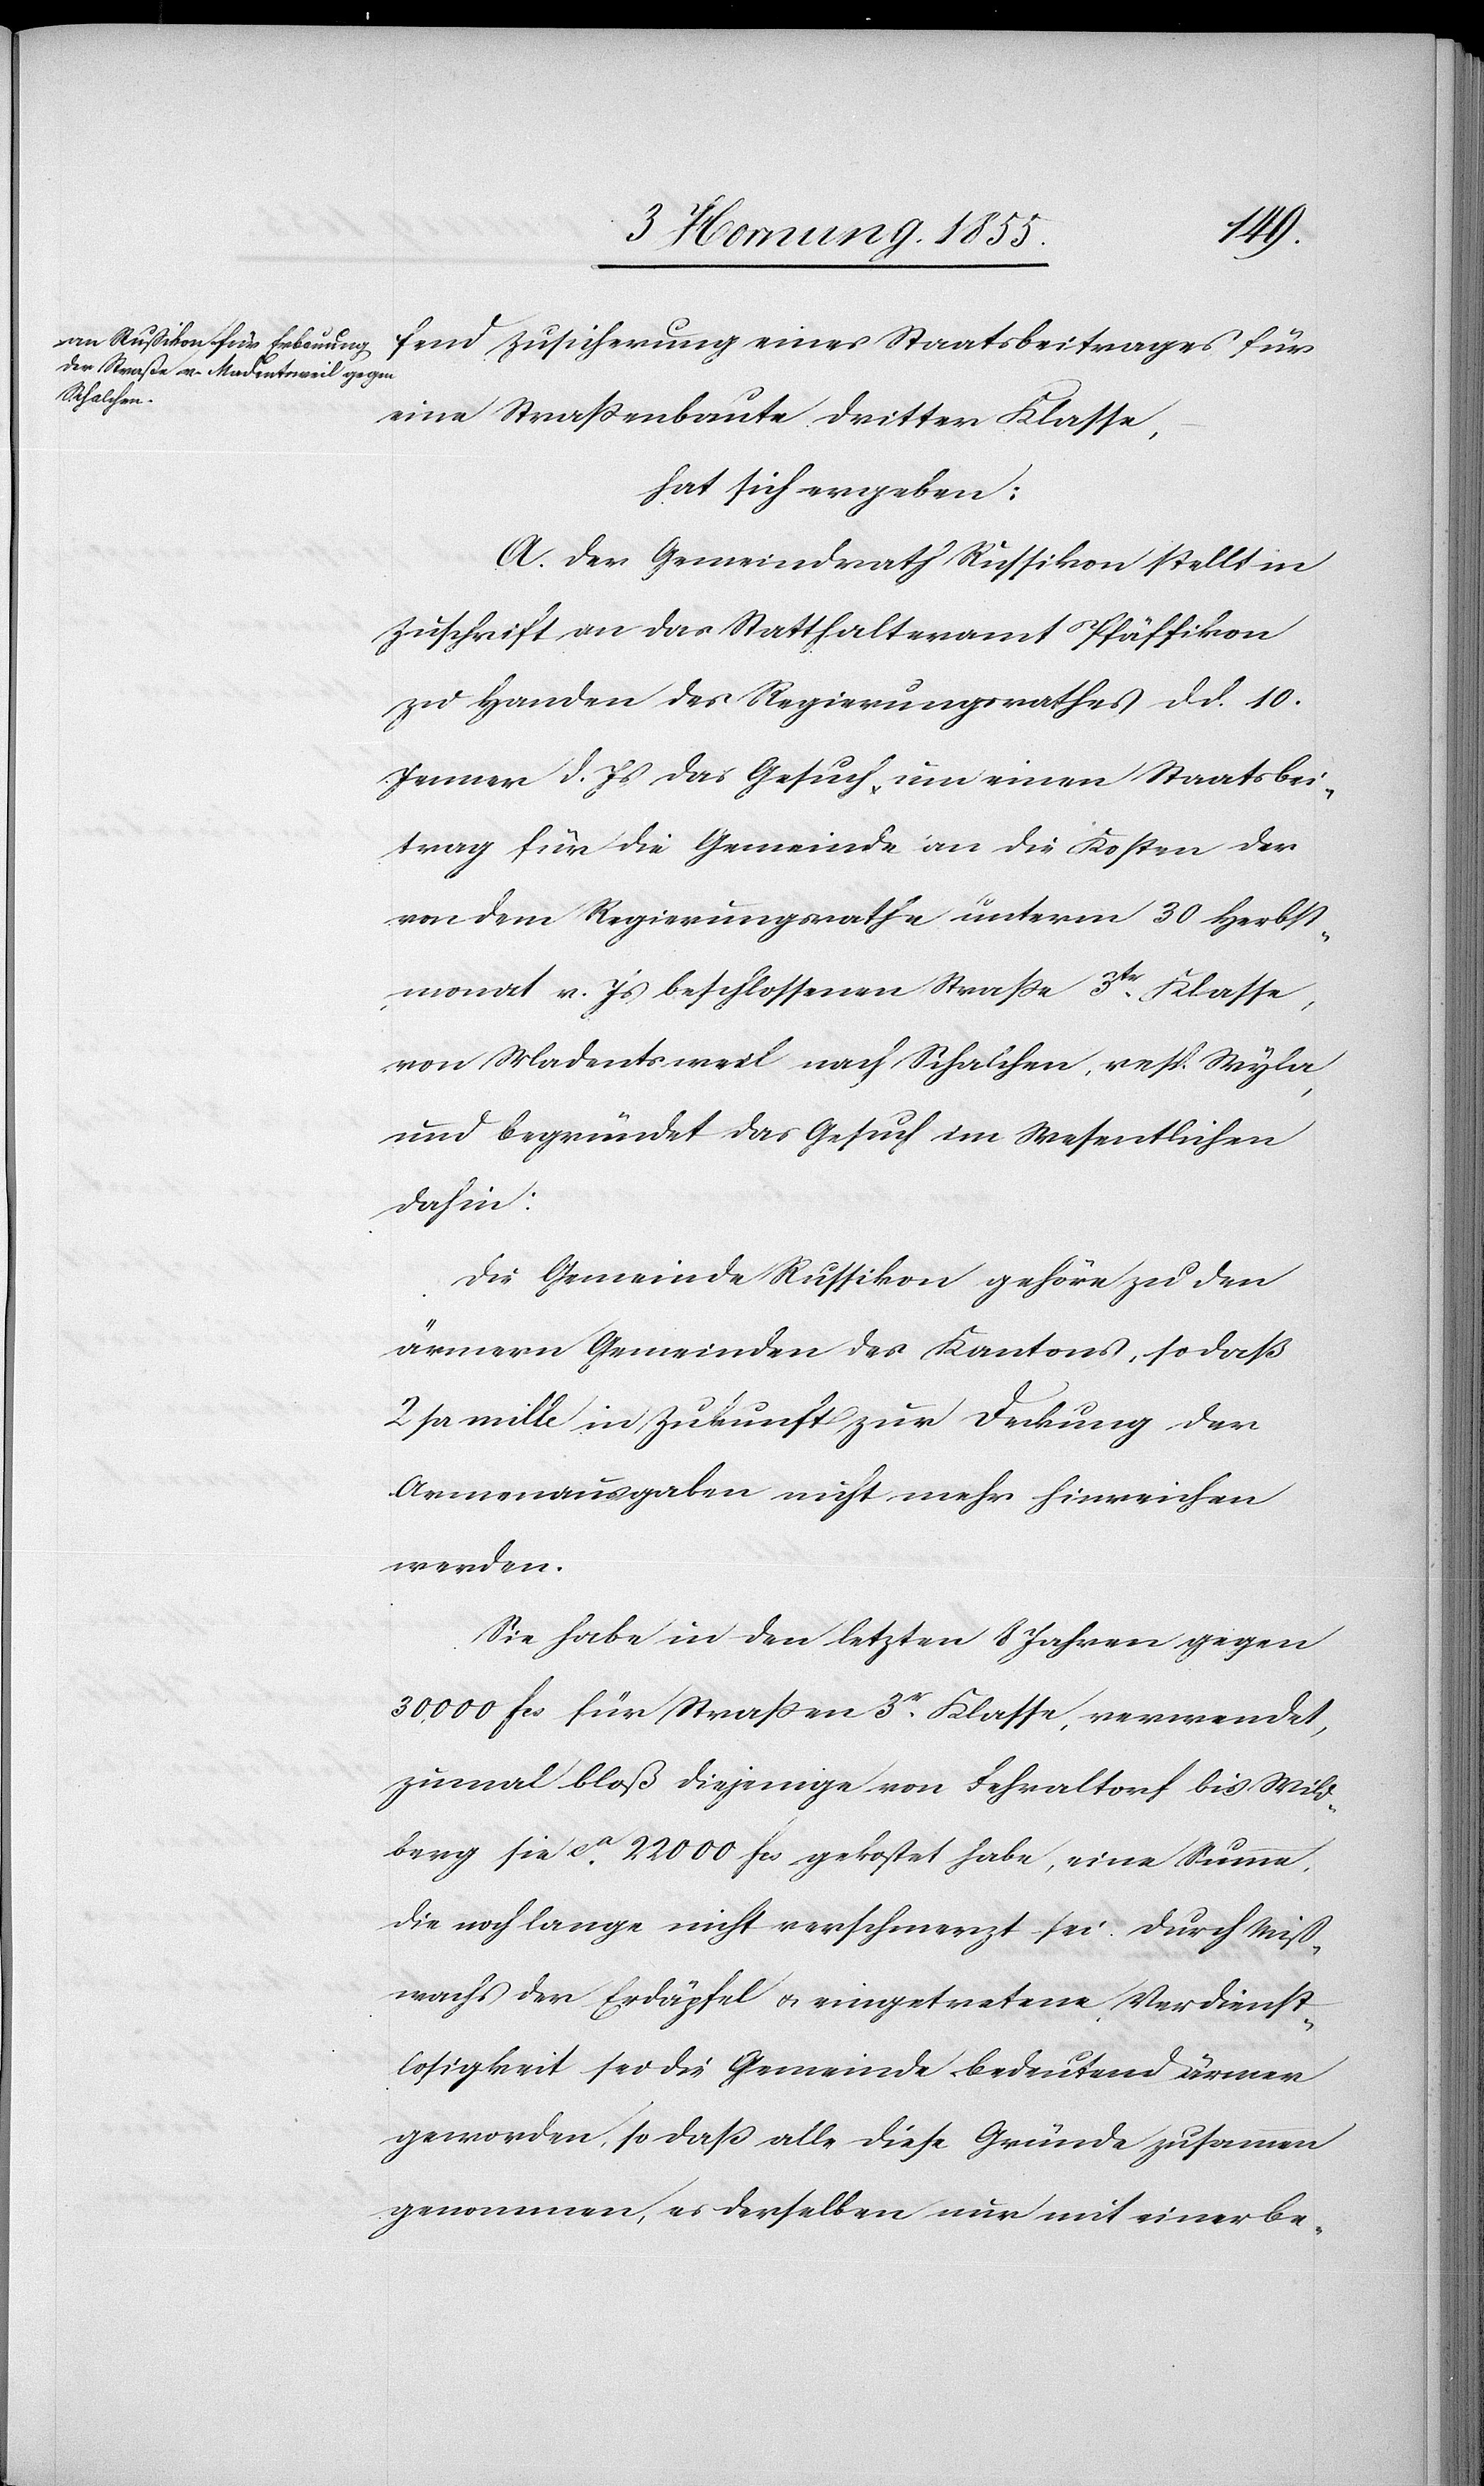
fend Zusicherung eines Staatsbeitrages für
eine Strassenbaute dritter Klasse,
hat sich ergeben:
A. Der Gemeindrath Russikon stellt in
Zuschrift an das Statthalteramt Pfäffikon
zu Handen des Regierungsrathes d. d. 10.
Jenner d. Js das Gesuch um einen Staatsbei¬
trag für die Gemeinde an die Kosten der
von dem Regierungsrathe unterm 30 Herbst¬
monat v. Js beschlossenen Strasse 3tr. Klasse,
von Madentsweil nach Schalchen, resp. Wyla,
und begründet das Gesuch im Wesentlichen
dahin:
Die Gemeinde Russikon gehöre zu den
ärmern Gemeinden des Kantons, so daß
2 pr mille in Zukunft zur Deckung der
Armenausgaben nicht mehr hinreichen
werden.
Sie habe in den letzten 8 Jahren gegen
30,000 Fcs für Strassen 3r. Klasse, verwendet,
zumal bloß diejenige von Fehraltorf bis Wild¬
berg sie ca. 22 000 Fcs gekostet habe, eine Summe,
die noch lange nicht verschmerzt sei. Durch Miss¬
wachs der Erdäpfel & eingetretene Verdienst¬
losigkeit sei die Gemeinde bedeutend ärmer
geworden, so daß alle diese Gründe zusammen
genommen, es derselben nur mit einer be-